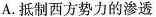
A.抵制西方势力的渗透